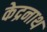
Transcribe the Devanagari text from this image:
केद्रनाथ